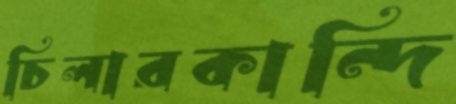
চিলারকান্দি